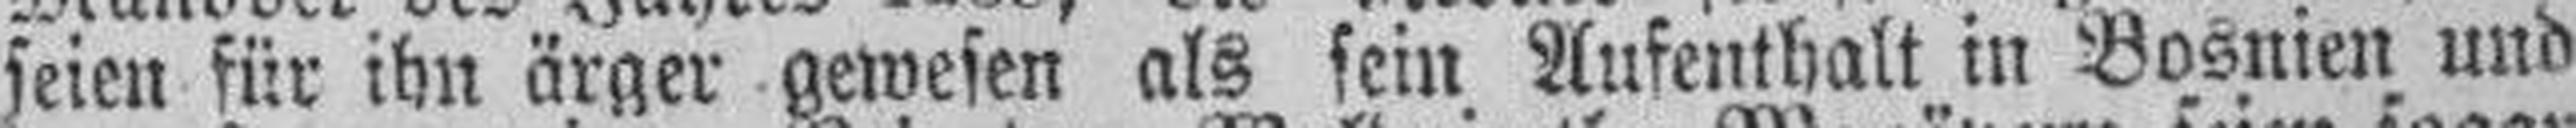
seien für ihn ärger gewesen als sein Aufenthalt in Bosnien und